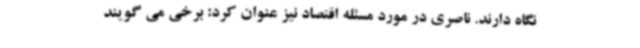
نگاه دارند. ناصری در مورد مسئله اقتصاد نیز عنوان کرد: برخی می گویند